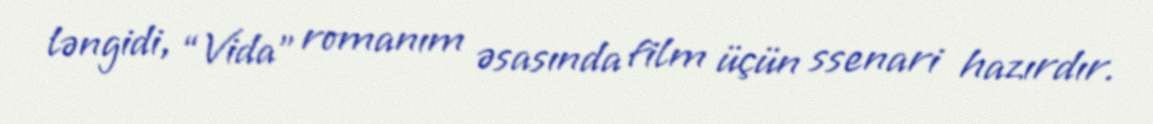
ləngidi, “Vida” romanım əsasında film üçün ssenari hazırdır.